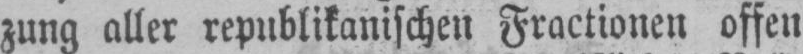
zung aller republikanischen Fractionen offen